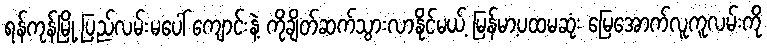
ရန်ကုန်မြို့ ပြည်လမ်းမပေါ် ကျောင်းနဲ့ ကိုချိတ်ဆက်သွားလာနိုင်မယ့် မြန်မာ့ပထမဆုံး မြေအောက်လူကူလမ်းကို